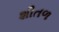
શીતળ